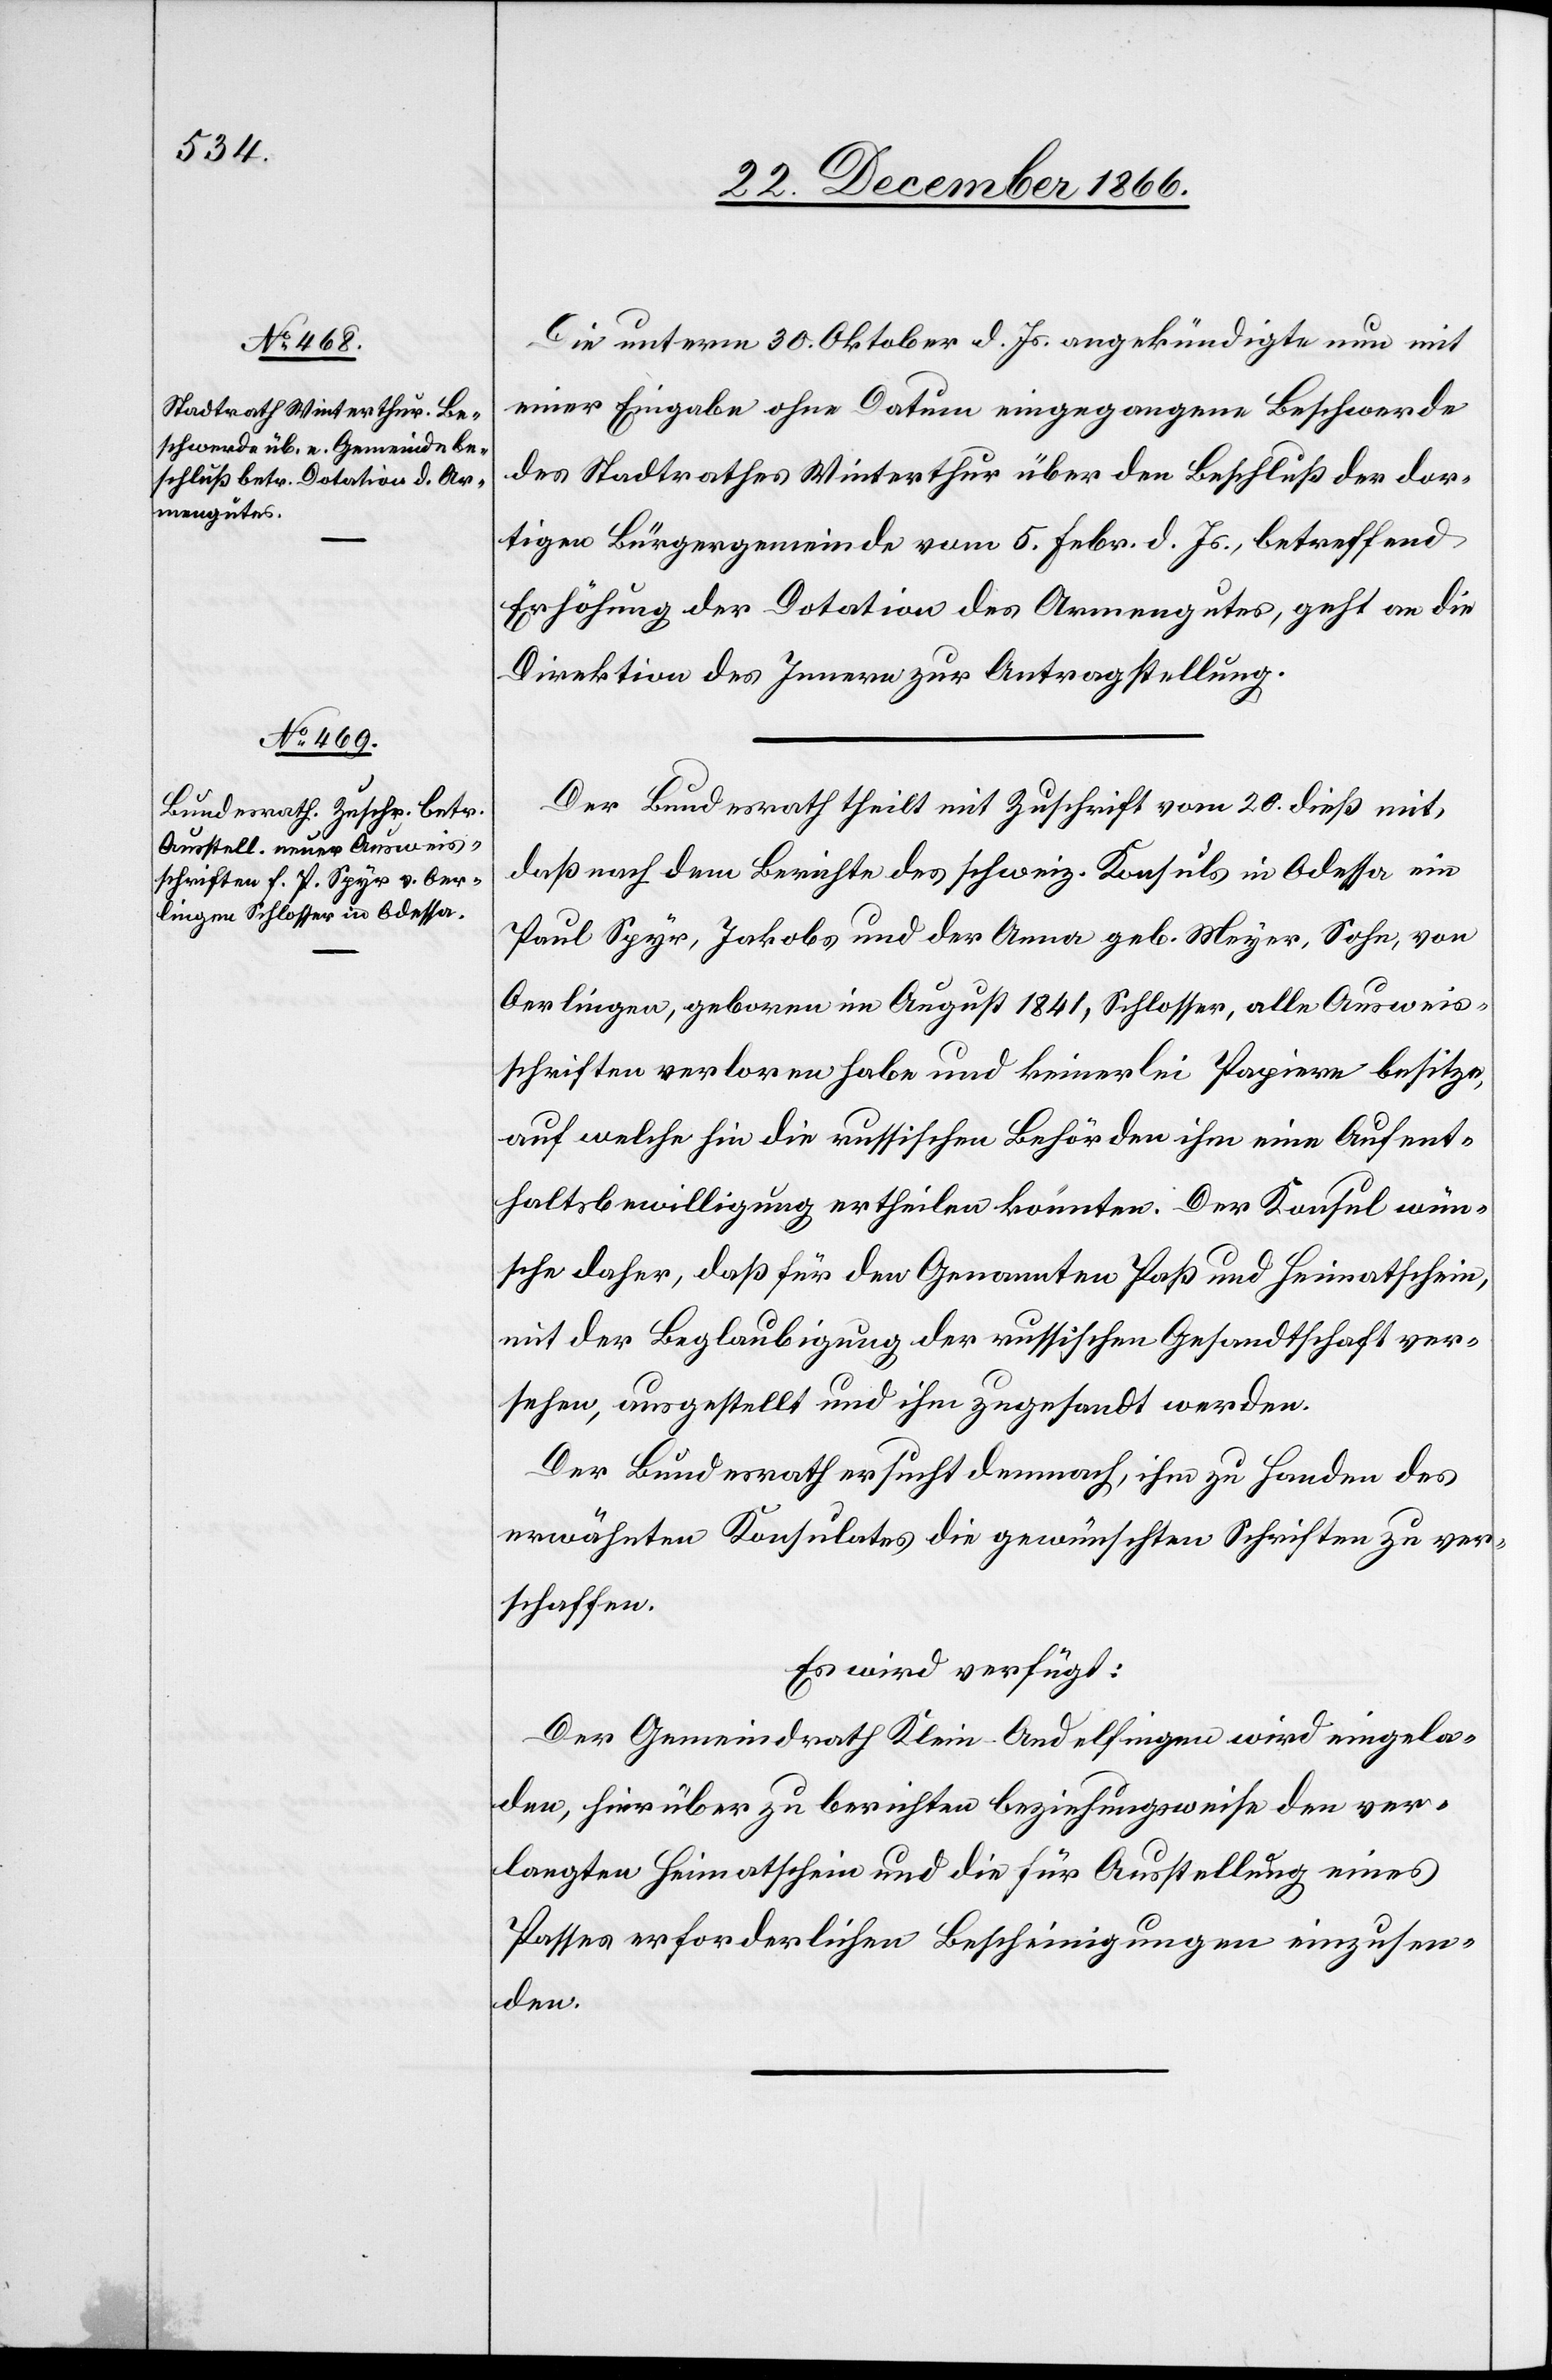
24. December 1866.]
Die unterm 30. Oktober d. Js. angekündigte nun mit
einer Eingabe ohne Datum eingegangene Beschwerde
des Stadtrathes Winterthur über den Beschluß der dor¬
tigen Bürgergemeinde vom 5. Febr. d. Js., betreffend
Erhöhung der Dotation des Armengutes, geht an die
Direktion des Innern zur Antragstellung.
Der Bundesrath theilt mit Zuschrift vom 20. dieß mit,
daß nach dem Berichte des schweiz. Konsuls in Odessa ein
Paul Spyr, Jakobs und der Anna geb. Meyer, Sohn, von
Oerlingen, geboren im August 1841, Schlosser, alle Ausweis¬
schriften verloren habe und keinerlei Papiere besitze,
auf welche hin die russischen Behörden ihm eine Aufent¬
haltsbewilligung ertheilen könnten. Der Konsul wün¬
sche daher, daß für den Genannten Paß und Heimatschein
mit der Beglaubigung der russischen Gesandtschaft ver¬
sehen, ausgestellt und ihm zugesandt werden.
Der Bundesrath ersucht demnach, ihm zu Handen des
erwähnten Konsulates die gewünschten Schriften zu ver¬
schaffen.
Es wird verfügt:
Der Gemeindrath Klein-Andelfingen wird eingela¬
den, hierüber zu berichten beziehungsweise den ver¬
langten Heimatschein und die für Ausstellung eines
Passes erforderlichen Bescheinigungen einzusen¬
den.